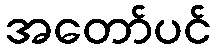
အတော်ပင်